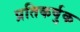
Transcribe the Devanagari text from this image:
प्रतिकर्षुक